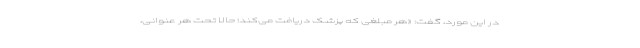
در این مورد، گفت: «هر مبلغی که پزشک دریافت می‌کند؛ حالا تحت هر عنوانی،